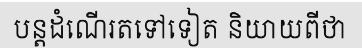
បន្តដំណើរតទៅទៀត និយាយពីថា